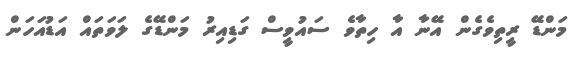
މަންޑޭ ރީތިވެގެން އޭނާ އާ ހިތާވެ ސައުވީސް ގަޑިއިރު މަންޑޭގެ ލަވަތައް އަޑުއަހަން